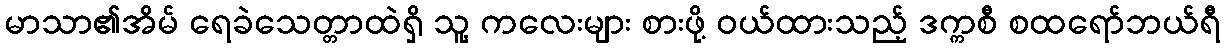
မာသာ၏အိမ် ရေခဲသေတ္တာထဲရှိ သူ့ ကလေးများ စားဖို့ ဝယ်ထားသည့် ဒက္ကစီ စထရော်ဘယ်ရီ